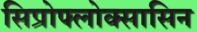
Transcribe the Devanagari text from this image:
सिप्रोफ्लोक्सासिन